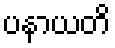
ပနာယတိ